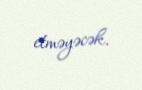
etməyəcək.